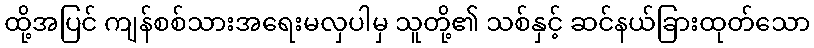
ထို့အပြင် ကျန်စစ်သားအရေးမလှပါမှ သူတို့၏ သစ်နှင့် ဆင်နယ်ခြားထုတ်သော